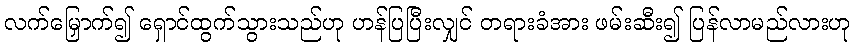
လက်မြှောက်၍ ရှောင်ထွက်သွားသည်ဟု ဟန်ပြပြီးလျှင် တရားခံအား ဖမ်းဆီး၍ ပြန်လာမည်လားဟု